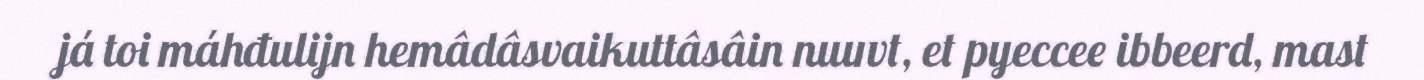
já toi máhđulijn hemâdâsvaikuttâsâin nuuvt, et pyeccee ibbeerd, mast